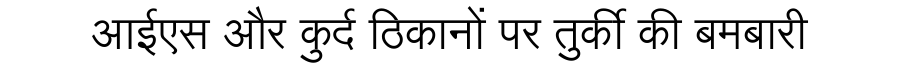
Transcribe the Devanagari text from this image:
आईएस और कुर्द ठिकानों पर तुर्की की बमबारी